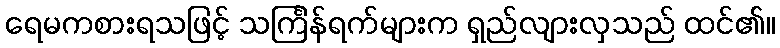
ရေမကစားရသဖြင့် သင်္ကြန်ရက်များက ရှည်လျားလှသည် ထင်၏။